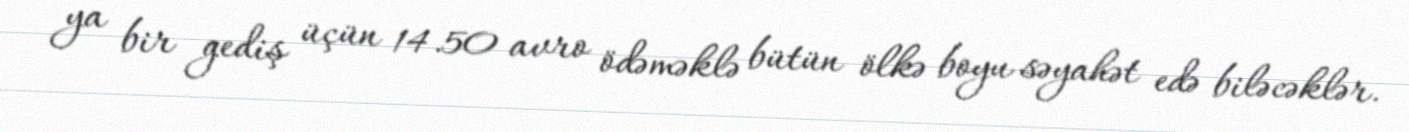
ya bir gediş üçün 14.50 avro ödəməklə bütün ölkə boyu səyahət edə biləcəklər.